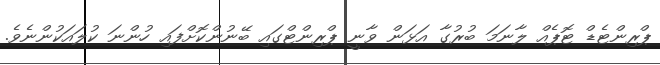
ޕްރިންޓެޑް ޓޮޕެއް ލާނަމަ ބުރުގާ އަޅަން ވާނީ ޕްރިންޓްގައި ބޭނުންކޮށްފައި ހުންނަ ކުލައަކުންނެވެ.